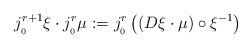
LaTeX: \begin{align*}j^{r+1}_{_0}\xi \cdot j^r_{_0}\mu :=j^r_{_0}\left( (D\xi \cdot \mu)\circ \xi ^{-1}\right)\end{align*}